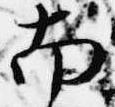
南